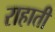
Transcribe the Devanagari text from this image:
राहाती